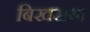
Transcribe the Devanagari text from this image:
बिखराया